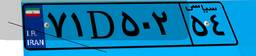
۷۱D۵۰۲۵۴